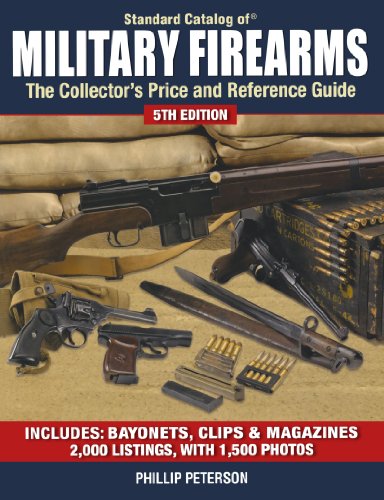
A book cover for Standard Catalog of Military Firearms: The Collector's Price and Reference Guide; Phillip Peterson; Crafts, Hobbies & Home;